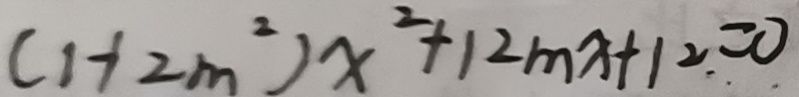
( 1 + 2 m ^ { 2 } ) x ^ { 2 } + 1 2 m x + 1 2 = 0